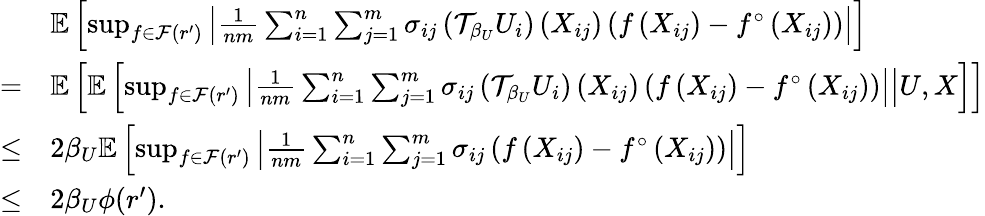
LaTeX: \begin{array}{rl}&{\mathbb{E}\left[\operatorname*{sup}_{f\in\mathcal{F}(r^{\prime})}\left|\frac{1}{nm}\sum_{i=1}^{n}\sum_{j=1}^{m}\sigma_{ij}\left(\mathcal{T}_{\beta_{U}}U_{i}\right)\left(X_{ij}\right)\left(f\left(X_{ij}\right)-f^{\circ}\left(X_{ij}\right)\right)\right|\right]}\\ {=}&{\mathbb{E}\left[\mathbb{E}\left[\operatorname*{sup}_{f\in\mathcal{F}(r^{\prime})}\left.\left|\frac{1}{nm}\sum_{i=1}^{n}\sum_{j=1}^{m}\sigma_{ij}\left(\mathcal{T}_{\beta_{U}}U_{i}\right)\left(X_{ij}\right)\left(f\left(X_{ij}\right)-f^{\circ}\left(X_{ij}\right)\right)\right|\right|U,X\right]\right]}\\ {\leq}&{2\beta_{U}\mathbb{E}\left[\operatorname*{sup}_{f\in\mathcal{F}(r^{\prime})}\left|\frac{1}{nm}\sum_{i=1}^{n}\sum_{j=1}^{m}\sigma_{ij}\left(f\left(X_{ij}\right)-f^{\circ}\left(X_{ij}\right)\right)\right|\right]}\\ {\leq}&{2\beta_{U}\phi(r^{\prime}).}\end{array}